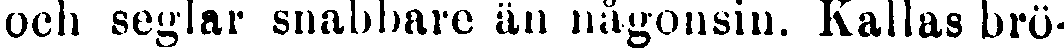
och seglar snabbare än någonsin. Kallas brö-